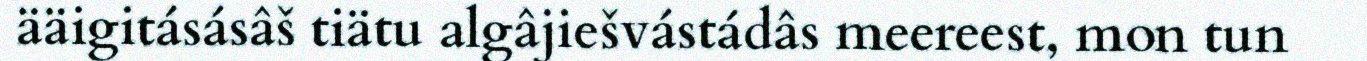
ääigitásásâš tiätu algâjiešvástádâs meereest, mon tun